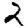
Digit: 2